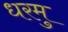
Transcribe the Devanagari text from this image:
धरमु